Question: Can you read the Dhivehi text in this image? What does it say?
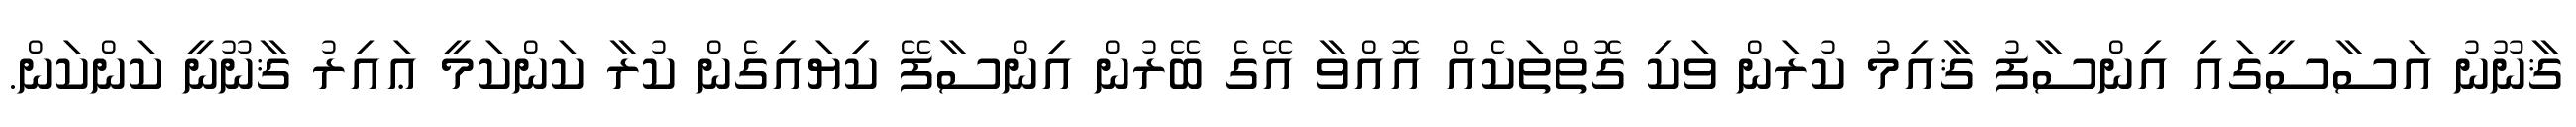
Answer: ޤާނޫނު އަސާސީގައި އިންސާފު ޤާއިމު ކުރަން ވަކި ގޮތްތަކެއް އޮއްވާ އޭގެ ބޭރުން އިންސާފޭ ކިޔައިގެން ކުރާ ކަންކަމީ ޢައިރު ޤާނޫނީ ކަންކަން.